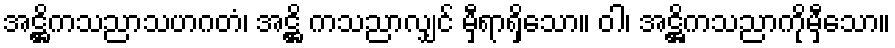
အဋ္ဌိကသညာသဟဂတံ၊ အဋ္ဌိ ကသညာလျှင် မှီရာရှိသော။ ဝါ၊ အဋ္ဌိကသညာကိုမှီသော။